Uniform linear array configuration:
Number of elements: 32
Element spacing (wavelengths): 0.75
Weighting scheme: uniform
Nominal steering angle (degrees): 60
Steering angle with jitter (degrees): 61.141
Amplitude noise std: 0.05
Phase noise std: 0.05

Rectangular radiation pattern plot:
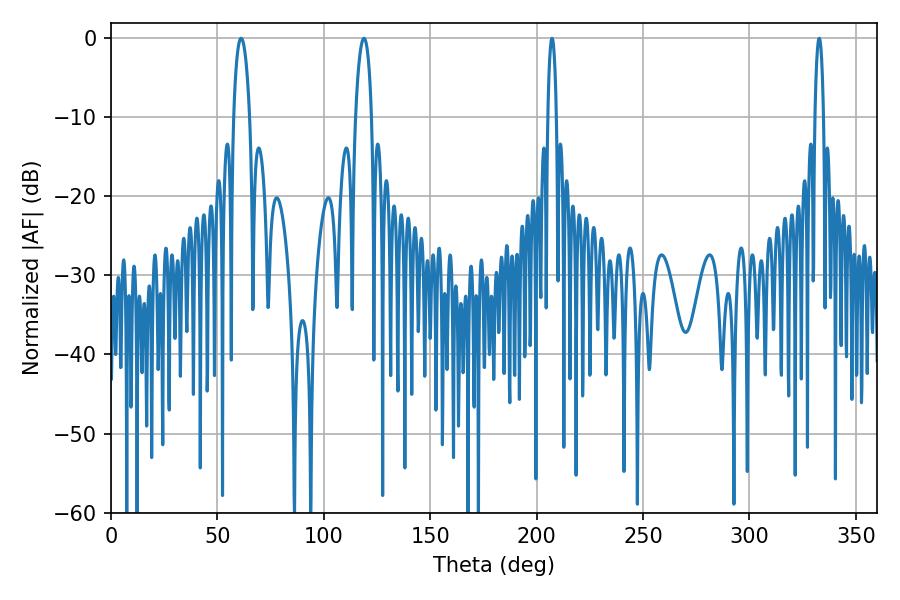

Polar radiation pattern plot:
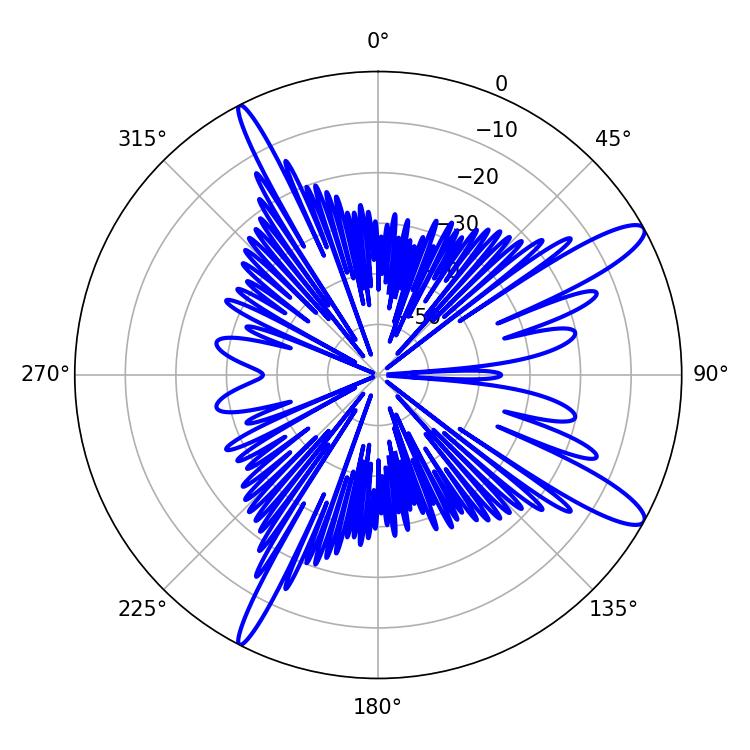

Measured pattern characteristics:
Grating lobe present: TRUE
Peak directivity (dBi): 12.749
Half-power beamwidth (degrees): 4.32
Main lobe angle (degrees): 61.2